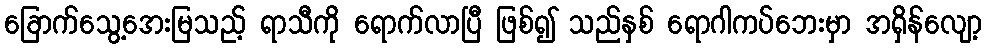
ခြောက်သွေ့အေးမြသည့် ရာသီကို ရောက်လာပြီ ဖြစ်၍ သည်နှစ် ရောဂါကပ်ဘေးမှာ အရှိန်လျော့